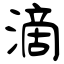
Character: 滴